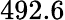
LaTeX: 492.6